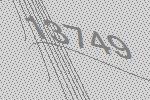
13749